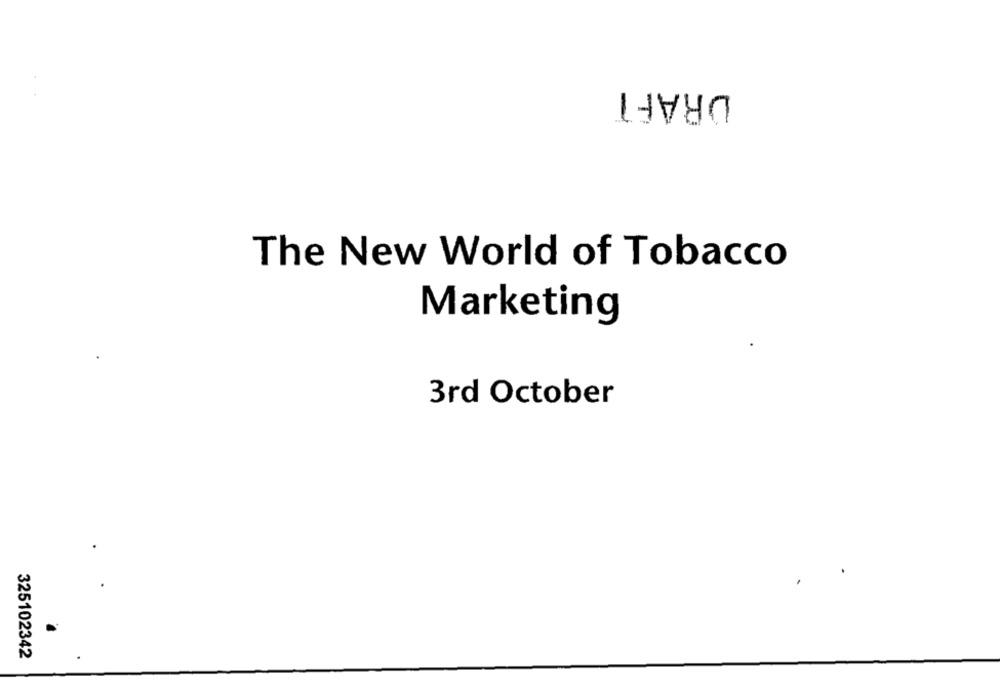
DRAFT
The New World of Tobacco
Marketing
3rd October
325102342